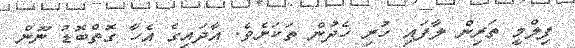
ފިލްމީ ތަރިން ލާފައި ހުރި ހެދުން ތަކަށެވެ. އާދައިގެ އެހާ ގޮތްބޮޑު ނޫން